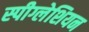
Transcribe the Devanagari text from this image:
स्पीग्लेशियन